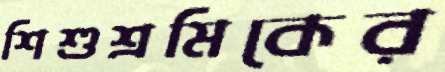
শিশুশ্রমিকের